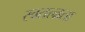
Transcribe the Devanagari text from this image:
स्वतत्न्रता